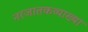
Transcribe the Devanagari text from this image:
नरजातकव्याख्या